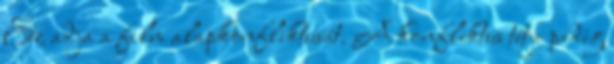
Ez adja a film alapkonfliktusát. A konfliktus tétje pedig